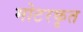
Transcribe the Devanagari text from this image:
मोटरकृत